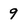
Character: 9